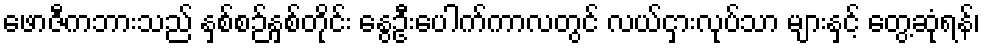
ဖောဇီကဘားသည် နှစ်စဉ်နှစ်တိုင်း နွေဦးပေါက်ကာလတွင် လယ်ငှားလုပ်သာ များနှင့် တွေ့ဆုံရန်၊